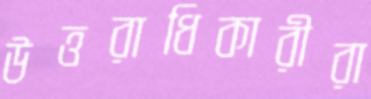
উত্তরাধিকারীরা